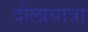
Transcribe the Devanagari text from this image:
दोलायात्रा